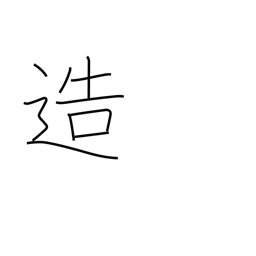
Meaning: create